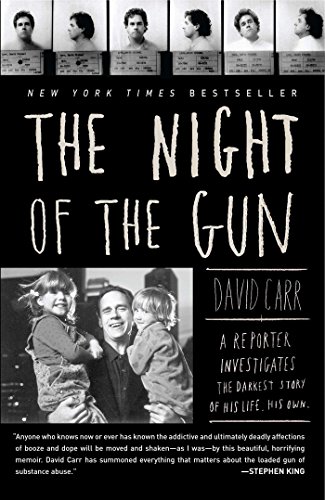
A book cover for The Night of the Gun: A reporter investigates the darkest story of his life. His own.; David Carr; Biographies & Memoirs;